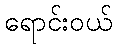
ရောင်းဝယ်